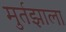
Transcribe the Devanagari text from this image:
मुर्तझाला